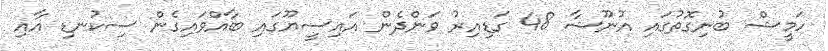
ހަމީޝް ބުނިގޮތުގައި އުނޫޝާ 48 ގަޑިއިރު ވަންދެން އައިސީޔޫގައި ބާއްވައިގެން ސިކުނޑި އާއި